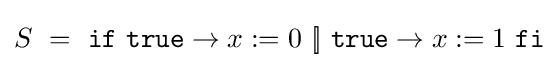
S\ =\ {\texttt {if}}\ {\texttt {true}}\rightarrow x:=0\ [\!]\ {\texttt {true}}\rightarrow x:=1\ {\texttt {fi}}